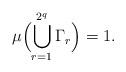
LaTeX: \begin{align*} \mu\Bigl(\bigcup_{r=1}^{2^q}\Gamma_r\Bigr)=1.\end{align*}